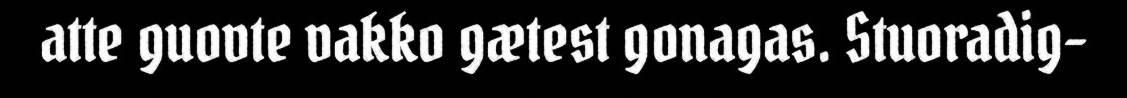
atte guovte vakko gætest gonagas. Stuoradig-